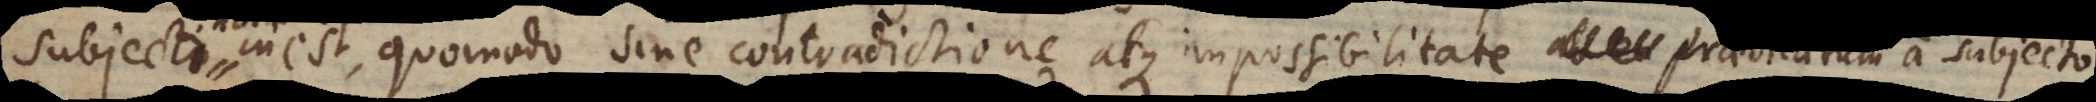
subjecti notione inest, quomodo sine contradictione atque impossibilitate praedicatum a subjecto